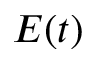
E ( t )